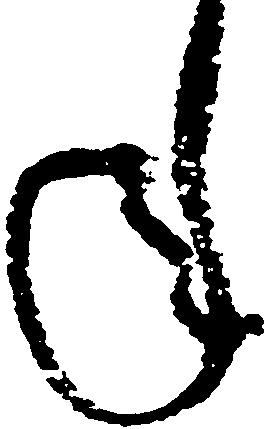
年